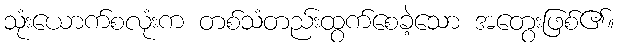
သုံးယောက်စလုံးက တစ်သံတည်းထွက်စေခဲ့သော အတွေးဖြစ်၏။